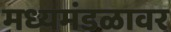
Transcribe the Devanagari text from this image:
मध्यमंडळावर